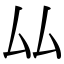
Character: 厸